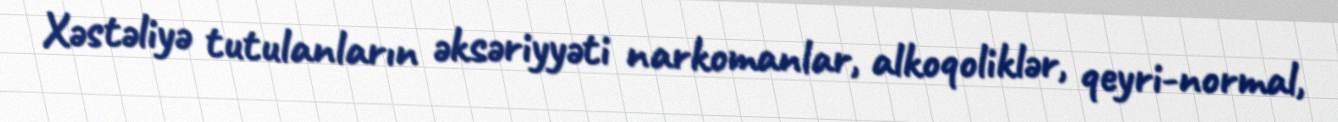
Xəstəliyə tutulanların əksəriyyəti narkomanlar, alkoqoliklər, qeyri-normal,